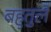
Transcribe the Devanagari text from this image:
बहुतुले